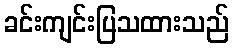
ခင်းကျင်းပြသထားသည်